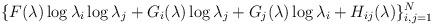
LaTeX: \begin{align*}\{F(\lambda)\log\lambda_i\log\lambda_j + G_i(\lambda)\log\lambda_j + G_j(\lambda)\log\lambda_i + H_{ij}(\lambda) \}_{i,j=1}^N\end{align*}